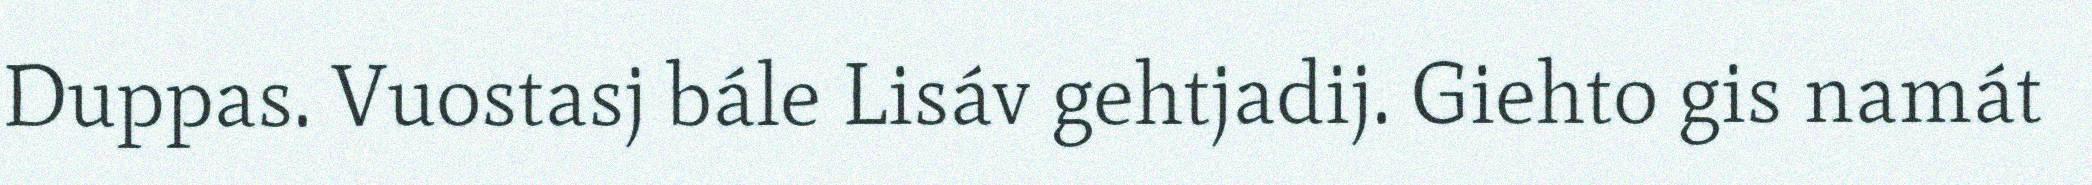
Duppas. Vuostasj bále Lisáv gehtjadij. Giehto gis namát